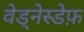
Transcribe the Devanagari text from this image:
वेड्नेस्डेफ़